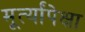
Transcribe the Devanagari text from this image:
मूर्त्यांपेक्षा